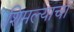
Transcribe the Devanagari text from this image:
शिमल्याचा